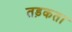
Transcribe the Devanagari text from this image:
तड़कता